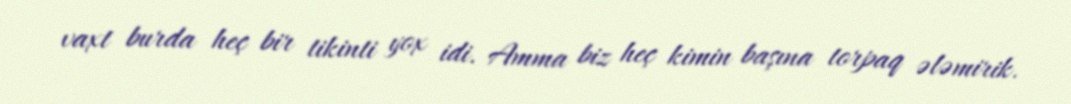
vaxt burda heç bir tikinti yox idi. Amma biz heç kimin başına torpaq ələmirik.